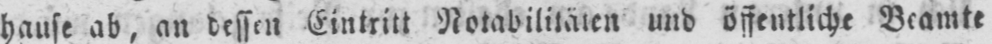
hause ab, an dessen Eintritt Notabilitäten und öffentliche Beamte